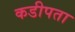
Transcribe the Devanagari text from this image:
कडीपता